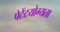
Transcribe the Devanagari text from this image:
पेटेंटयोग्यता